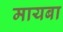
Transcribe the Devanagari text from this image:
मायबा